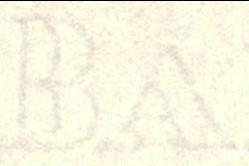
BA